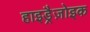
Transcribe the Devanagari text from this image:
हाइड्रैज़ोइक